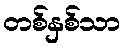
တစ်နှစ်သာ